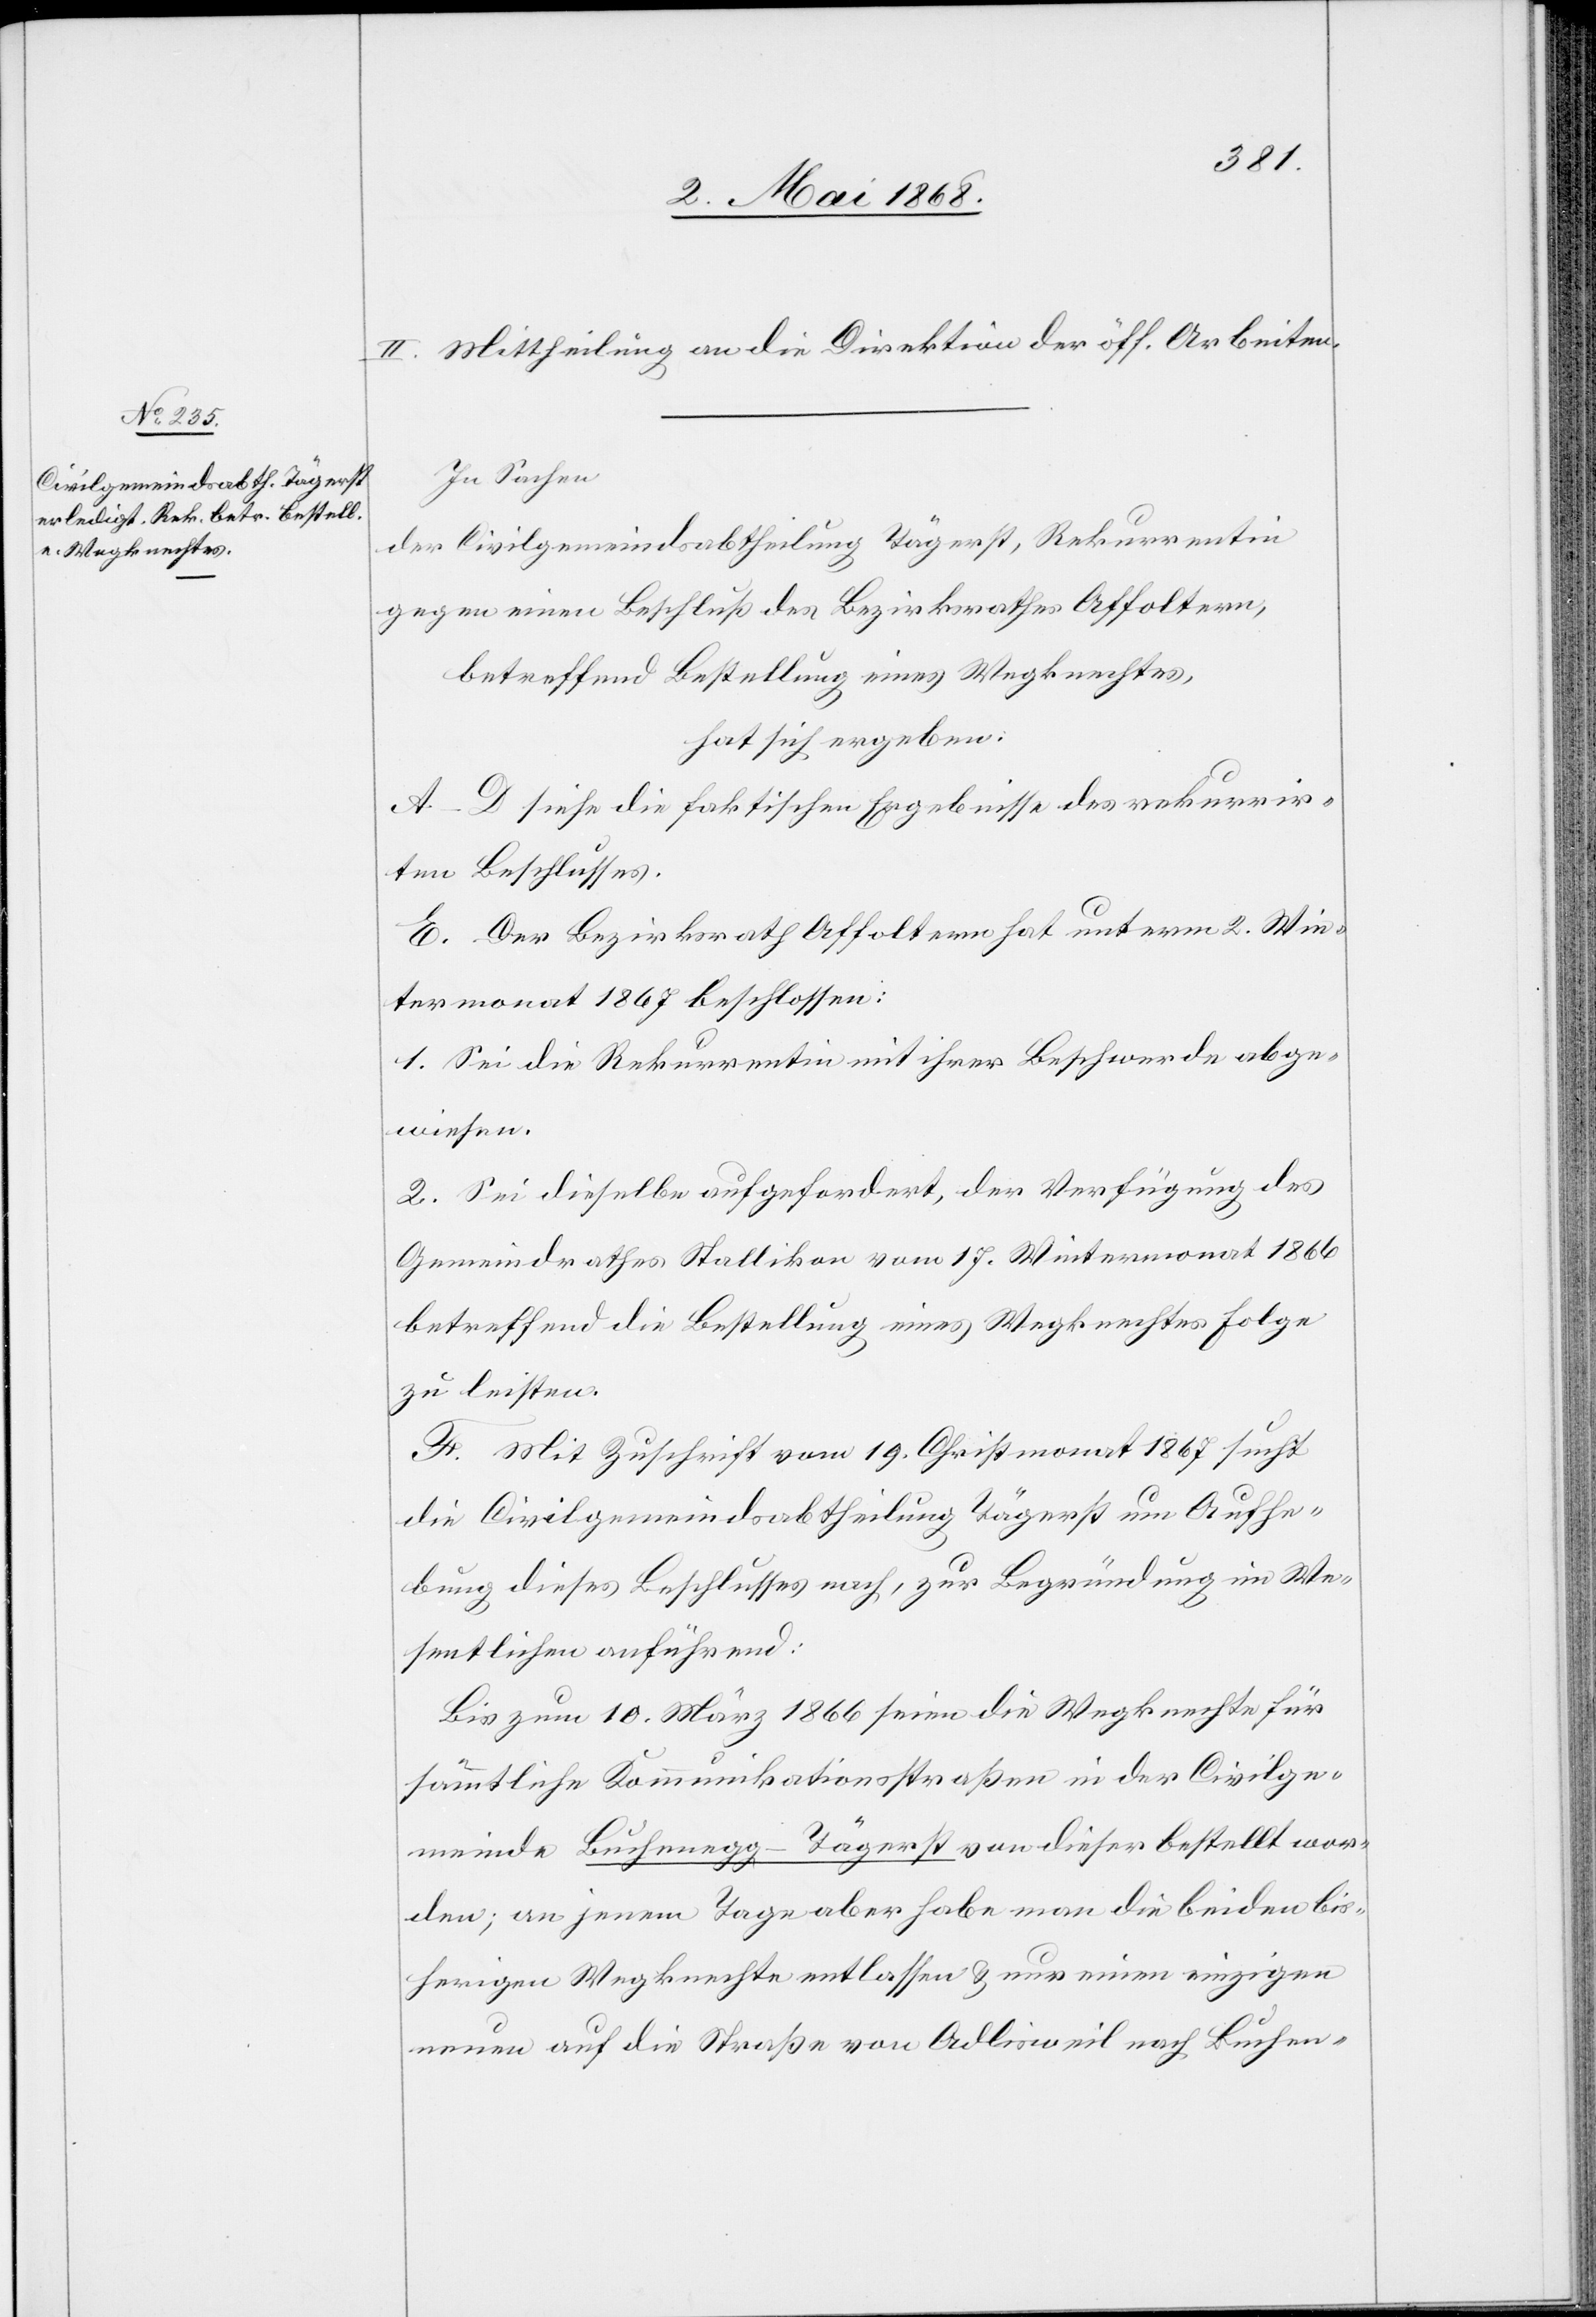
II. Mittheilung an die Direktion der öff. Arbeiten.
In Sachen
der Civilgemeindsabtheilung Tägerst, Rekurrentin
gegen einen Beschluß des Bezirksrathes Affoltern,
betreffend Bestellung eines Wegknechtes,
hat sich ergeben:
A–D siehe die faktischen Ergebnisse des rekurrir¬
ten Beschlusses.
E. Der Bezirksrath Affoltern hat unterm 2. Win¬
termonat 1867 beschlossen:
1. Sei die Rekurrentin mit ihrer Beschwerde abge¬
wiesen.
2. Sei dieselbe aufgefordert, der Verfügung des
Gemeindrathes Stallikon vom 17. Wintermonat 1866
betreffend die Bestellung eines Wegknechtes Folge
zu leisten.
F. Mit Zuschrift vom 19. Christmonat 1867 sucht
die Civilgemeindsabtheilung Tägerst um Aufhe¬
bung dieses Beschlusses nach, zur Begründung im We¬
sentlichen anführend:
Bis zum 10. März 1866 seien die Wegknechte für
sämmtliche Kommunikationsstraßen in der Civilge¬
meinde Buchenegg-Tägerst von dieser bestellt wor¬
den; an jenem Tage aber habe man die beiden bis¬
herigen Wegknechte entlassen & nur einen einzigen
neuen auf die Straße von Adlisweil nach Buchen-